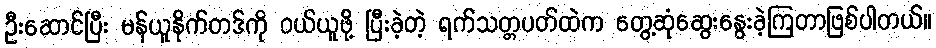
ဦးဆောင်ပြီး မန်ယူနိုက်တဒ်ကို ဝယ်ယူဖို့ ပြီးခဲ့တဲ့ ရက်သတ္တပတ်ထဲက တွေ့ဆုံဆွေးနွေးခဲ့ကြတာဖြစ်ပါတယ်။